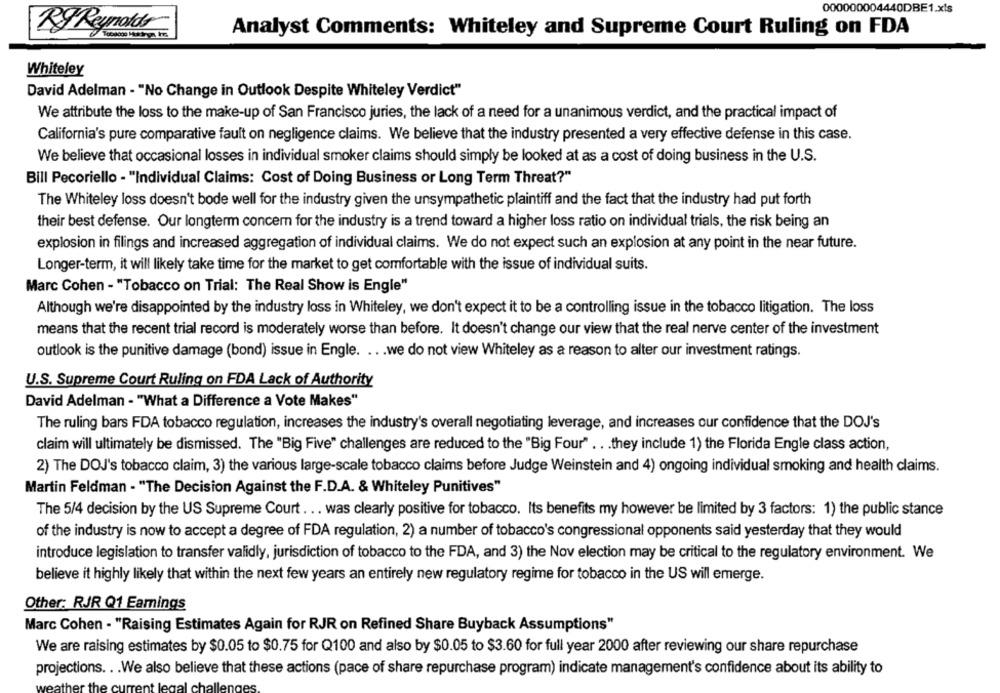
000000004440DBE1.xls
Analyst Comments: Whiteley and Supreme Court Ruling on FDA
Ry Reynolds
Whiteley
David Adelman - "No Change in Outlook Despite Whiteley Verdict"
We attribute the loss to the make-up of San Francisco juries, the lack of a need for a unanimous verdict, and the practical impact of
California's pure comparative fault on negligence claims. We believe that the industry presented a very effective defense in this case.
We believe that occasional losses in individual smoker claims should simply be looked at as a cost of doing business in the U.S.
Bill Pecoriello - "Individual Claims: Cost of Doing Business or Long Term Threat?"
The Whiteley loss doesn't bode well for the industry given the unsympathetic plaintiff and the fact that the industry had put forth
their best defense. Our longterm concern for the industry is a trend toward a higher loss ratio on individual trials, the risk being an
explosion in filings and increased aggregation of individual claims. We do not expect such an explosion at any point in the near future.
Longer-term, it will likely take time for the market to get comfortable with the issue of individual suits.
Marc Cohen - "Tobacco on Trial: The Real Show is Engle"
Although we're disappointed by the industry loss in Whiteley, we don't expect it to be a controlling issue in the tobacco litigation. The loss
means that the recent trial record is moderately worse than before. It doesn't change our view that the real nerve center of the investment
outlook is the punitive damage (bond) issue in Engle. ... we do not view Whiteley as a reason to alter our investment ratings.
U.S. Supreme Court Ruling on FDA Lack of Authority
David Adelman - "What a Difference a Vote Makes"
The ruling bars FDA tobacco regulation, increases the industry's overall negotiating leverage, and increases our confidence that the DOJ's
claim will ultimately be dismissed. The "Big Five" challenges are reduced to the "Big Four" . . . they include 1) the Florida Engle class action,
2) The DOJ's tobacco claim, 3) the various large-scale tobacco claims before Judge Weinstein and 4) ongoing individual smoking and health claims.
Martin Feldman - "The Decision Against the F.D.A. & Whiteley Punitives"
The 5/4 decision by the US Supreme Court . .. was clearly positive for tobacco. Its benefits my however be limited by 3 factors: 1) the public stance
of the industry is now to accept a degree of FDA regulation, 2) a number of tobacco's congressional opponents said yesterday that they would
introduce legislation to transfer validly, jurisdiction of tobacco to the FDA, and 3) the Nov election may be critical to the regulatory environment. We
believe it highly likely that within the next few years an entirely new regulatory regime for tobacco in the US will emerge.
Other: RJR Q1 Earnings
Marc Cohen - "Raising Estimates Again for RJR on Refined Share Buyback Assumptions"
We are raising estimates by $0.05 to $0.75 for Q100 and also by $0.05 to $3.60 for full year 2000 after reviewing our share repurchase
projections. . . We also believe that these actions (pace of share repurchase program) indicate management's confidence about its ability to